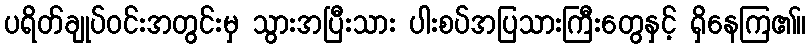
ပရိတ်ချုပ်ဝင်းအတွင်းမှ သွားအပြီးသား ပါးစပ်အပြသားကြီးတွေနှင့် ရှိနေကြ၏။